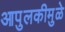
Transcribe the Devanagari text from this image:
आपुलकीमुळे